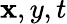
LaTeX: \mathbf{x},y,t